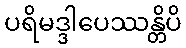
ပရိမဒ္ဒါပေဿန္တိပိ